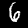
Digit: 6